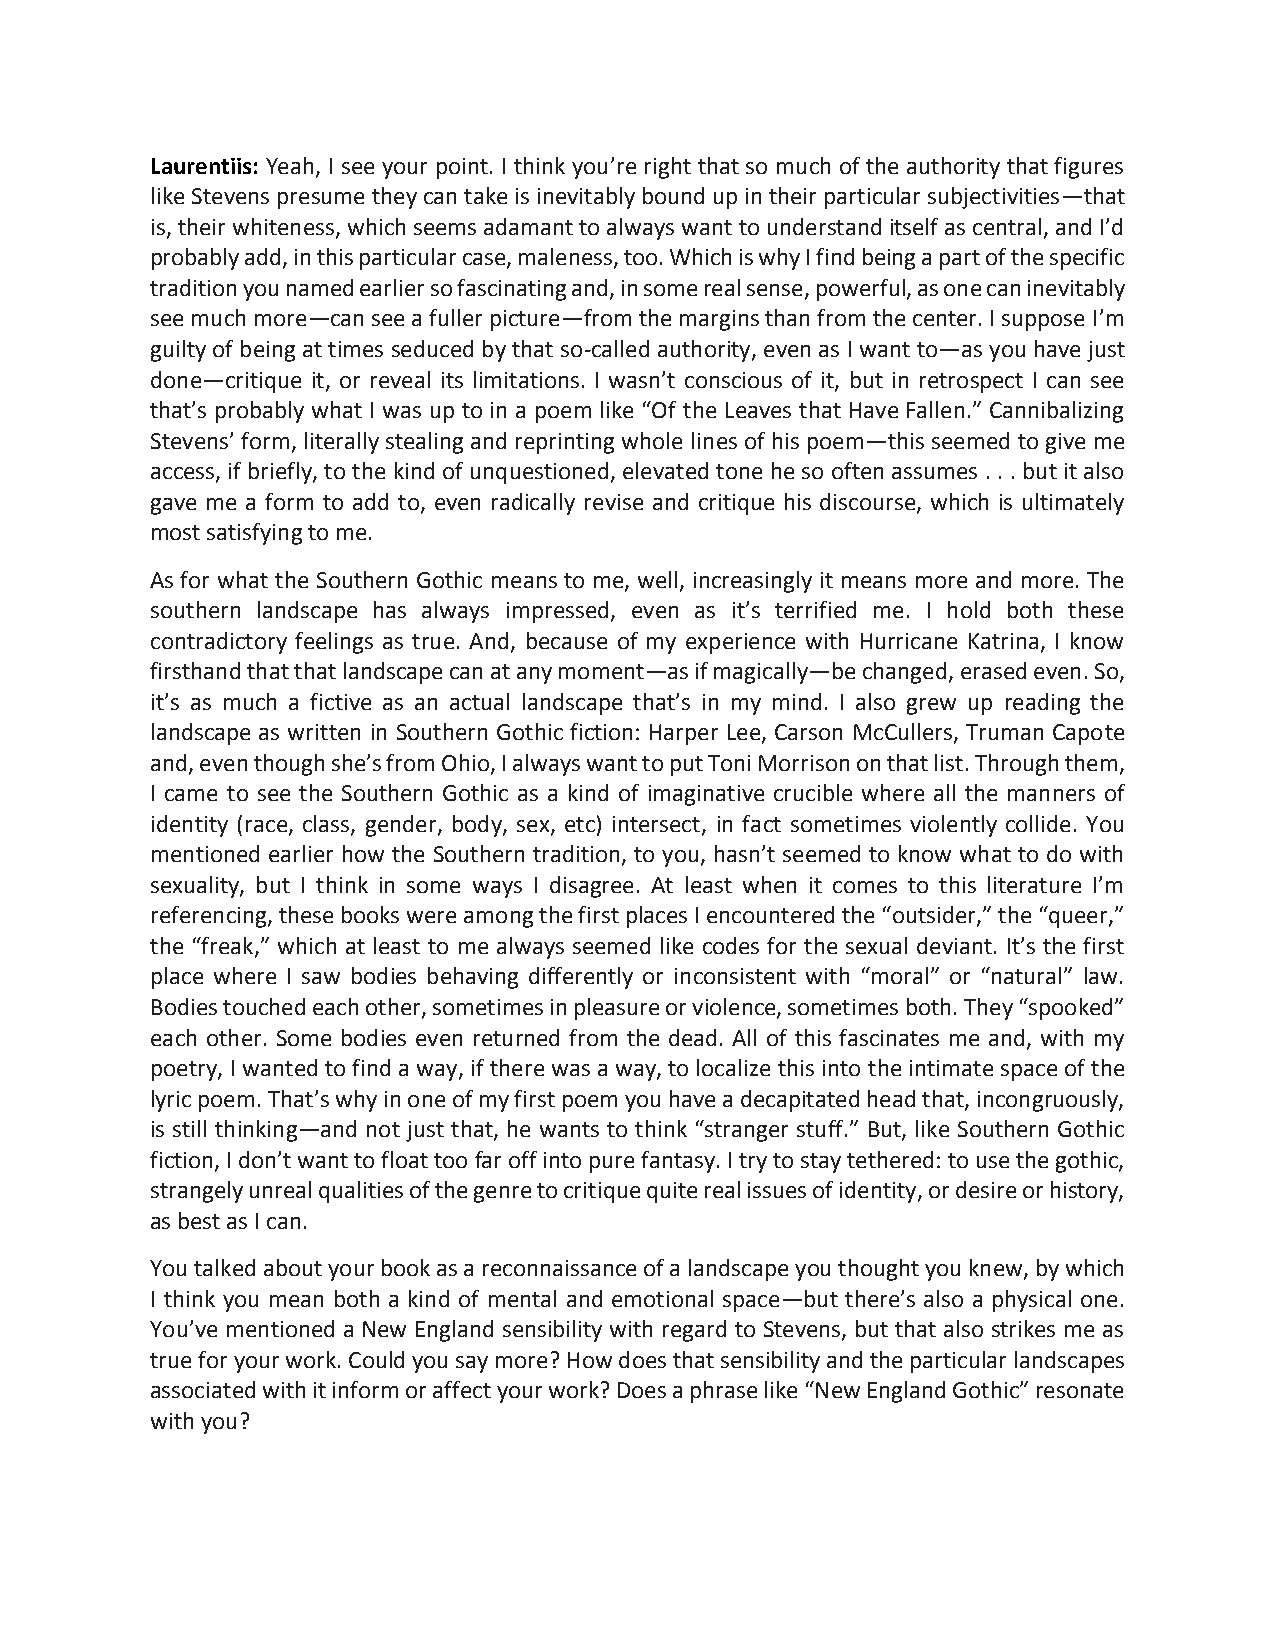
Laurentiis: Yeah, I see your point. I think you’re right that so much of the authority that figures
 like Stevens presume they can take is inevitably bound up in their particular subjectivities—that
 is, their whiteness, which seems adamant to always want to understand itself as central, and I’d
 probably add, in this particular case, maleness, too. Which is why I find being a part of the specific
 tradition you named earlier so fascinating and, in some real sense, powerful, as one can inevitably
 see much more—can see a fuller picture—from the margins than from the center. I suppose I’m
 guilty of being at times seduced by that so-called authority, even as I want to—as you have just
 done—critique it, or reveal its limitations. I wasn’t conscious of it, but in retrospect I can see
 that’s probably what I was up to in a poem like “Of the Leaves that Have Fallen.” Cannibalizing
 Stevens’ form, literally stealing and reprinting whole lines of his poem—this seemed to give me
 access, if briefly, to the kind of unquestioned, elevated tone he so often assumes . . . but it also
 gave me a form to add to, even radically revise and critique his discourse, which is ultimately
 most satisfying to me.
 As for what the Southern Gothic means to me, well, increasingly it means more and more. The
 southern landscape has always impressed, even as it’s terrified me. I hold both these
 contradictory feelings as true. And, because of my experience with Hurricane Katrina, I know
 firsthand that that landscape can at any moment—as if magically—be changed, erased even. So,
 it’s as much a fictive as an actual landscape that’s in my mind. I also grew up reading the
 landscape as written in Southern Gothic fiction: Harper Lee, Carson McCullers, Truman Capote
 and, even though she’s from Ohio, I always want to put Toni Morrison on that list. Through them,
 I came to see the Southern Gothic as a kind of imaginative crucible where all the manners of
 identity (race, class, gender, body, sex, etc) intersect, in fact sometimes violently collide. You
 mentioned earlier how the Southern tradition, to you, hasn’t seemed to know what to do with
 sexuality, but I think in some ways I disagree. At least when it comes to this literature I’m
 referencing, these books were among the first places I encountered the “outsider,” the “queer,”
 the “freak,” which at least to me always seemed like codes for the sexual deviant. It’s the first
 place where I saw bodies behaving differently or inconsistent with “moral” or “natural” law.
 Bodies touched each other, sometimes in pleasure or violence, sometimes both. They “spooked”
 each other. Some bodies even returned from the dead. All of this fascinates me and, with my
 poetry, I wanted to find a way, if there was a way, to localize this into the intimate space of the
 lyric poem. That’s why in one of my first poem you have a decapitated head that, incongruously,
 is still thinking—and not just that, he wants to think “stranger stuff.” But, like Southern Gothic
 fiction, I don’t want to float too far off into pure fantasy. I try to stay tethered: to use the gothic,
 strangely unreal qualities of the genre to critique quite real issues of identity, or desire or history,
 as best as I can.
 You talked about your book as a reconnaissance of a landscape you thought you knew, by which
 I think you mean both a kind of mental and emotional space—but there’s also a physical one.
 You’ve mentioned a New England sensibility with regard to Stevens, but that also strikes me as
 true for your work. Could you say more? How does that sensibility and the particular landscapes
 associated with it inform or affect your work? Does a phrase like “New England Gothic” resonate
 with you?